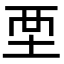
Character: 𡊹